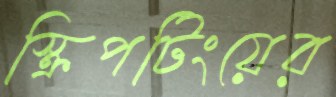
স্ক্রিপটিংয়ের